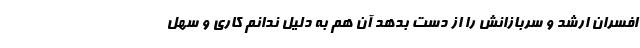
افسران ارشد و سربازانش را از دست بدهد آن هم به دلیل ندانم کاری و سهل